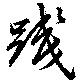
踐